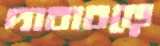
দাবাবড়ে